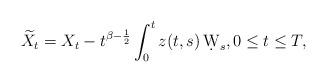
LaTeX: \begin{align*}\widetilde{X}_t=X_t- t^{\beta-\frac 12}\int_0^t z(t,s)\, \d W_s,0\leq t \leq T,\end{align*}